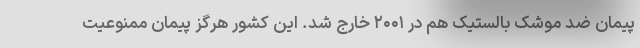
پیمان ضد موشک بالستیک هم در ۲۰۰۱ خارج شد. این کشور هرگز پیمان ممنوعیت